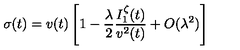
\sigma ( t ) = v ( t ) \left[ 1 - \frac { \lambda } { 2 } \frac { I _ { 1 } ^ { \zeta } ( t ) } { v ^ { 2 } ( t ) } + O ( \lambda ^ { 2 } ) \right]